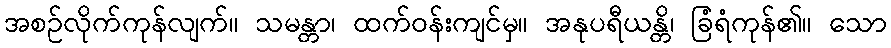
အစဉ်လိုက်ကုန်လျက်။ သမန္တာ၊ ထက်ဝန်းကျင်မှ။ အနုပရီယန္တိ၊ ခြံရံကုန်၏။ သော